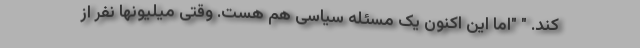
کند. " "اما این اکنون یک مسئله سیاسی هم هست. وقتی میلیونها نفر از